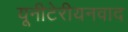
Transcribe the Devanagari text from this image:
यूनीटेरीयनवाद